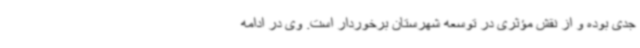
جدی بوده و از نقش مؤثری در توسعه شهرستان برخوردار است. وی در ادامه